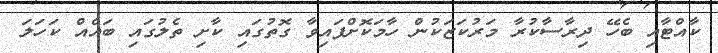
ކާއްޓާއި ބެހޭ ދިރާސާކުރާ މަރުކަޒަކުން ހާމަކޮށްފައިވާ ގޮތުގައި ކާށި ތެލުގައި ބައެއް ކަހަލަ